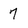
Character: 7